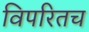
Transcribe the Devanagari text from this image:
विपरितच